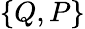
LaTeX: \{ Q,P\}